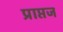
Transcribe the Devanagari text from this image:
प्राप्तज